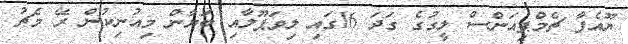
ޔޫއެފާ ޗެމްޕިއަންސް ލީގުގެ ގަދަ 16ގައި ލިވަޕޫލާއި ބަޔާން މިއުނިކުން ރޭ މެޗު